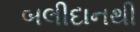
બલીદાનથી